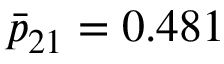
\bar { p } _ { 2 1 } = 0 . 4 8 1